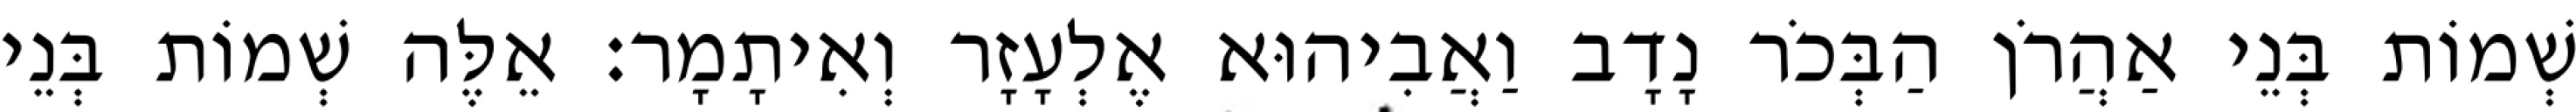
שְׁמוֹת בְּנֵי אַהֲרֹן הַבְּכֹר נָדָב וַאֲבִיהוּא אֶלְעָזָר וְאִיתָמָר׃ אֵלֶּה שְׁמוֹת בְּנֵי